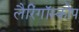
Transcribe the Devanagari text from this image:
लैरिंगॉस्कोप